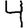
Digit: 4